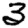
Digit: 3